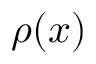
\rho ( x )